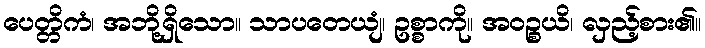
ပေတ္တိကံ၊ အဘို့ရှိသော။ သာပတေယျံ၊ ဥစ္စာကို။ အဝဉ္စယိ၊ လှည့်စား၏။